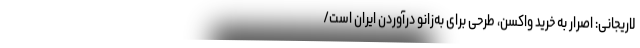
لاریجانی: اصرار به خرید واکسن، طرحی برای به‌زانو درآوردن ایران است/